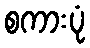
စကားပုံ